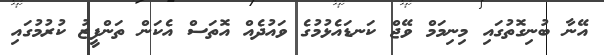
އޭނާ ބުނިގޮތުގައި މިނިމަމް ވޭޖް ކަނޑައެޅުމުގެ ވައުދެއް އޮތަސް އެކަން ތަންފީޒު ކުރުމުގައި